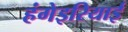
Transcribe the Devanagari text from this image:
हंगेइरियाई